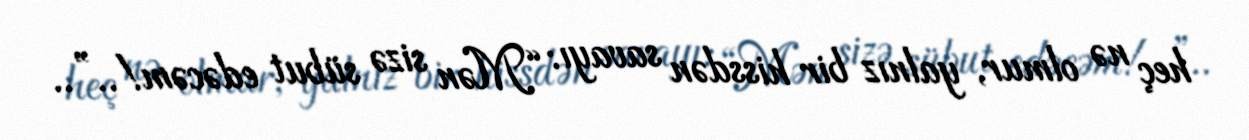
heç nə olmur, yalnız bir hissdən savayı: “Mən sizə sübut edəcəm!..”..